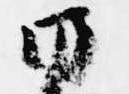
日